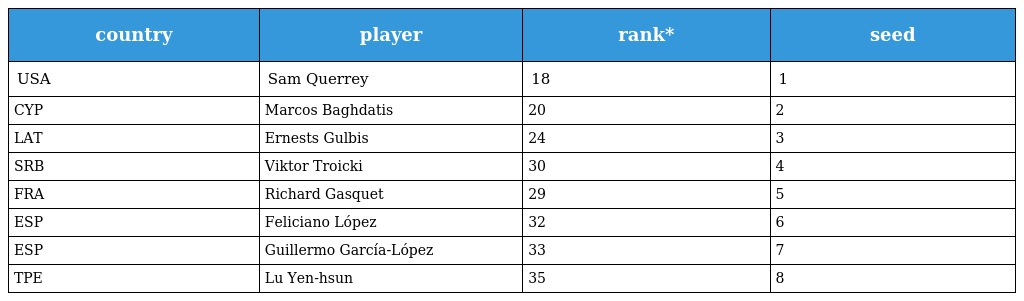
| country | player | rank* | seed |
 | --- | --- | --- | --- |
 | USA | Sam Querrey | 18 | 1 |
 | CYP | Marcos Baghdatis | 20 | 2 |
 | LAT | Ernests Gulbis | 24 | 3 |
 | SRB | Viktor Troicki | 30 | 4 |
 | FRA | Richard Gasquet | 29 | 5 |
 | ESP | Feliciano López | 32 | 6 |
 | ESP | Guillermo García-López | 33 | 7 |
 | TPE | Lu Yen-hsun | 35 | 8 |